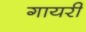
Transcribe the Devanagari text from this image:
गायरी